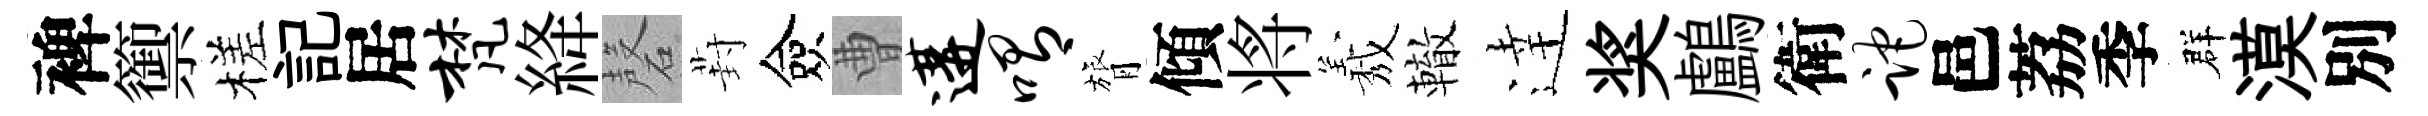
裨籞槎記居梵絳磬葑僉曹遘喟膂傾将𦏁轍逹奖鸕衛跎邑荔季群漠別